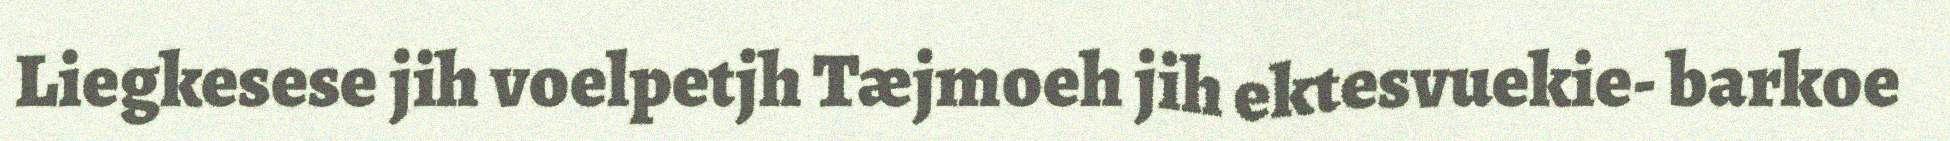
Liegkesese jih voelpetjh Tæjmoeh jih ektesvuekie- barkoe